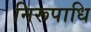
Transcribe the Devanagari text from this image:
निरूपाधि